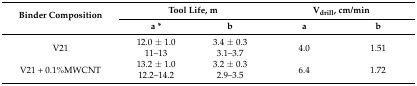
| <ROWSPAN=2> Binder Composition | <COLSPAN=2> Tool Life, m | <COLSPAN=2> Vdrill, cm/min |
 | a * | b | a | b |
 | --- | --- | --- | --- | --- |
 | <ROWSPAN=2> V21 | 12.0 ± 1.0 | 3.4 ± 0.3 | <ROWSPAN=2> 4.0 | <ROWSPAN=2> 1.51 |
 | 11–13 | 3.1–3.7 |
 | <ROWSPAN=2> V21 + 0.1%MWCNT | 13.2 ± 1.0 | 3.2 ± 0.3 | <ROWSPAN=2> 6.4 | <ROWSPAN=2> 1.72 |
 | 12.2–14.2 | 2.9–3.5 |